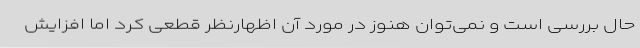
حال بررسی است و نمی‌توان هنوز در مورد آن اظهارنظر قطعی کرد اما افزایش